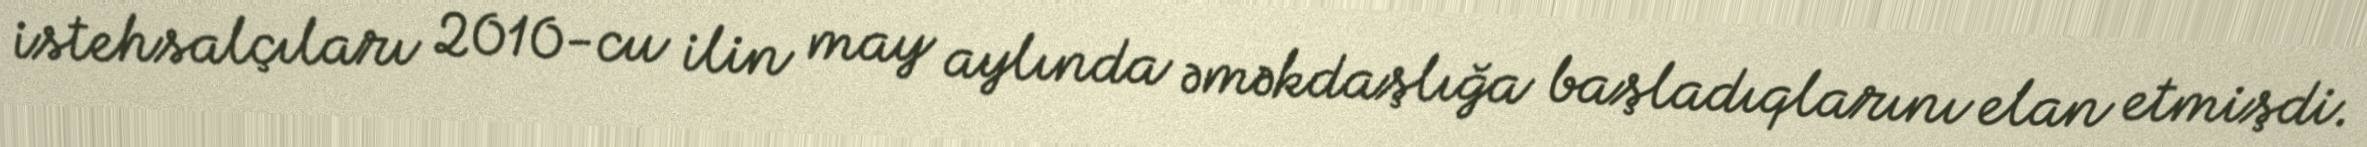
istehsalçıları 2010-cu ilin may aylında əməkdaşlığa başladıqlarını elan etmişdi.